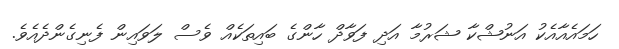
ހަމައެއާއެކު އަނުޝްކާ ޝަރުމާ އަދި ފަވާދް ހާންގެ ބައިތަކެއް ވެސް ލަވައިން ފެނިގެންދެއެވެ.